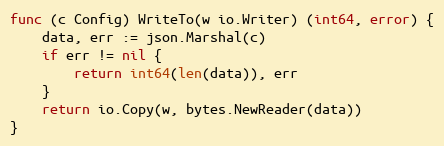
Language: Go
func (c Config) WriteTo(w io.Writer) (int64, error) {
	data, err := json.Marshal(c)
	if err != nil {
		return int64(len(data)), err
	}
	return io.Copy(w, bytes.NewReader(data))
}